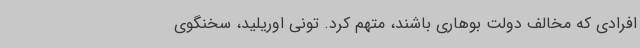
افرادی که مخالف دولت بوهاری باشند، متهم کرد. تونی اوریلید، سخنگوی